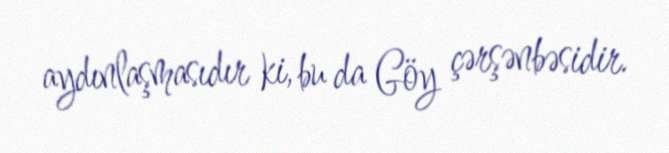
aydınlaşmasıdır ki, bu da Göy çərşənbəsidir.